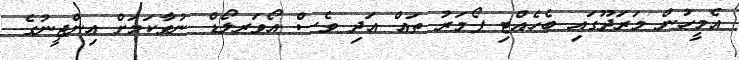
އެމީހުން މަރަދޫގައި ބެހެއްޓި ފޯމަރު ތައް އަދި ވެސް އޯވަރލޯޑް ނުވާކަމަށް އިންޖީނުގެ